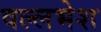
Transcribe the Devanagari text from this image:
वल्लभेश